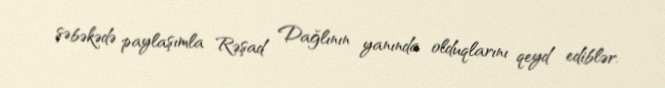
şəbəkədə paylaşımla Rəşad Dağlının yanında olduqlarını qeyd ediblər.